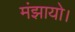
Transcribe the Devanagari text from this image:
मंझायो।